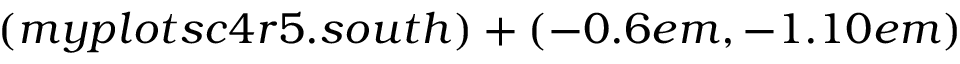
( m y p l o t s c 4 r 5 . s o u t h ) + ( - 0 . 6 e m , - 1 . 1 0 e m )